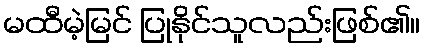
မထီမဲ့မြင် ပြုနိုင်သူလည်းဖြစ်၏။